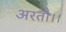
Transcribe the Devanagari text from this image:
अरतौ।।